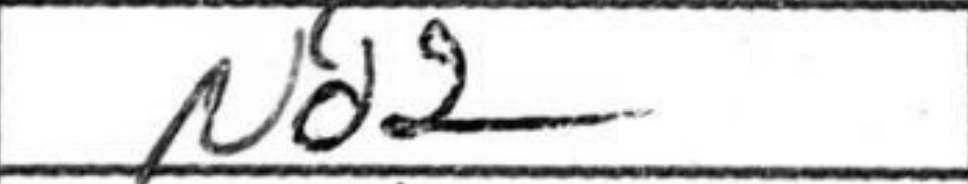
Transcription: Nd2